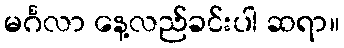
မင်္ဂလာ နေ့လည်ခင်းပါ ဆရာ။